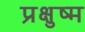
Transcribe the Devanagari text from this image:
प्रक्षुष्म